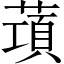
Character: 𦺣